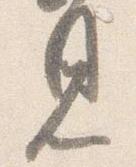
見